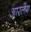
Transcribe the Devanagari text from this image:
आरलेंग